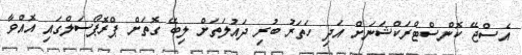
އެސްޖޭ ކޮންސްޓްރަކްޝަނަށް އަދި ހަތަރު ބުރި ދައުލަތަށް ލިބޭ ގޮތަށް ޕްރޮޕޯސަލްގައި އޮއްވާ